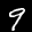
Label: 9